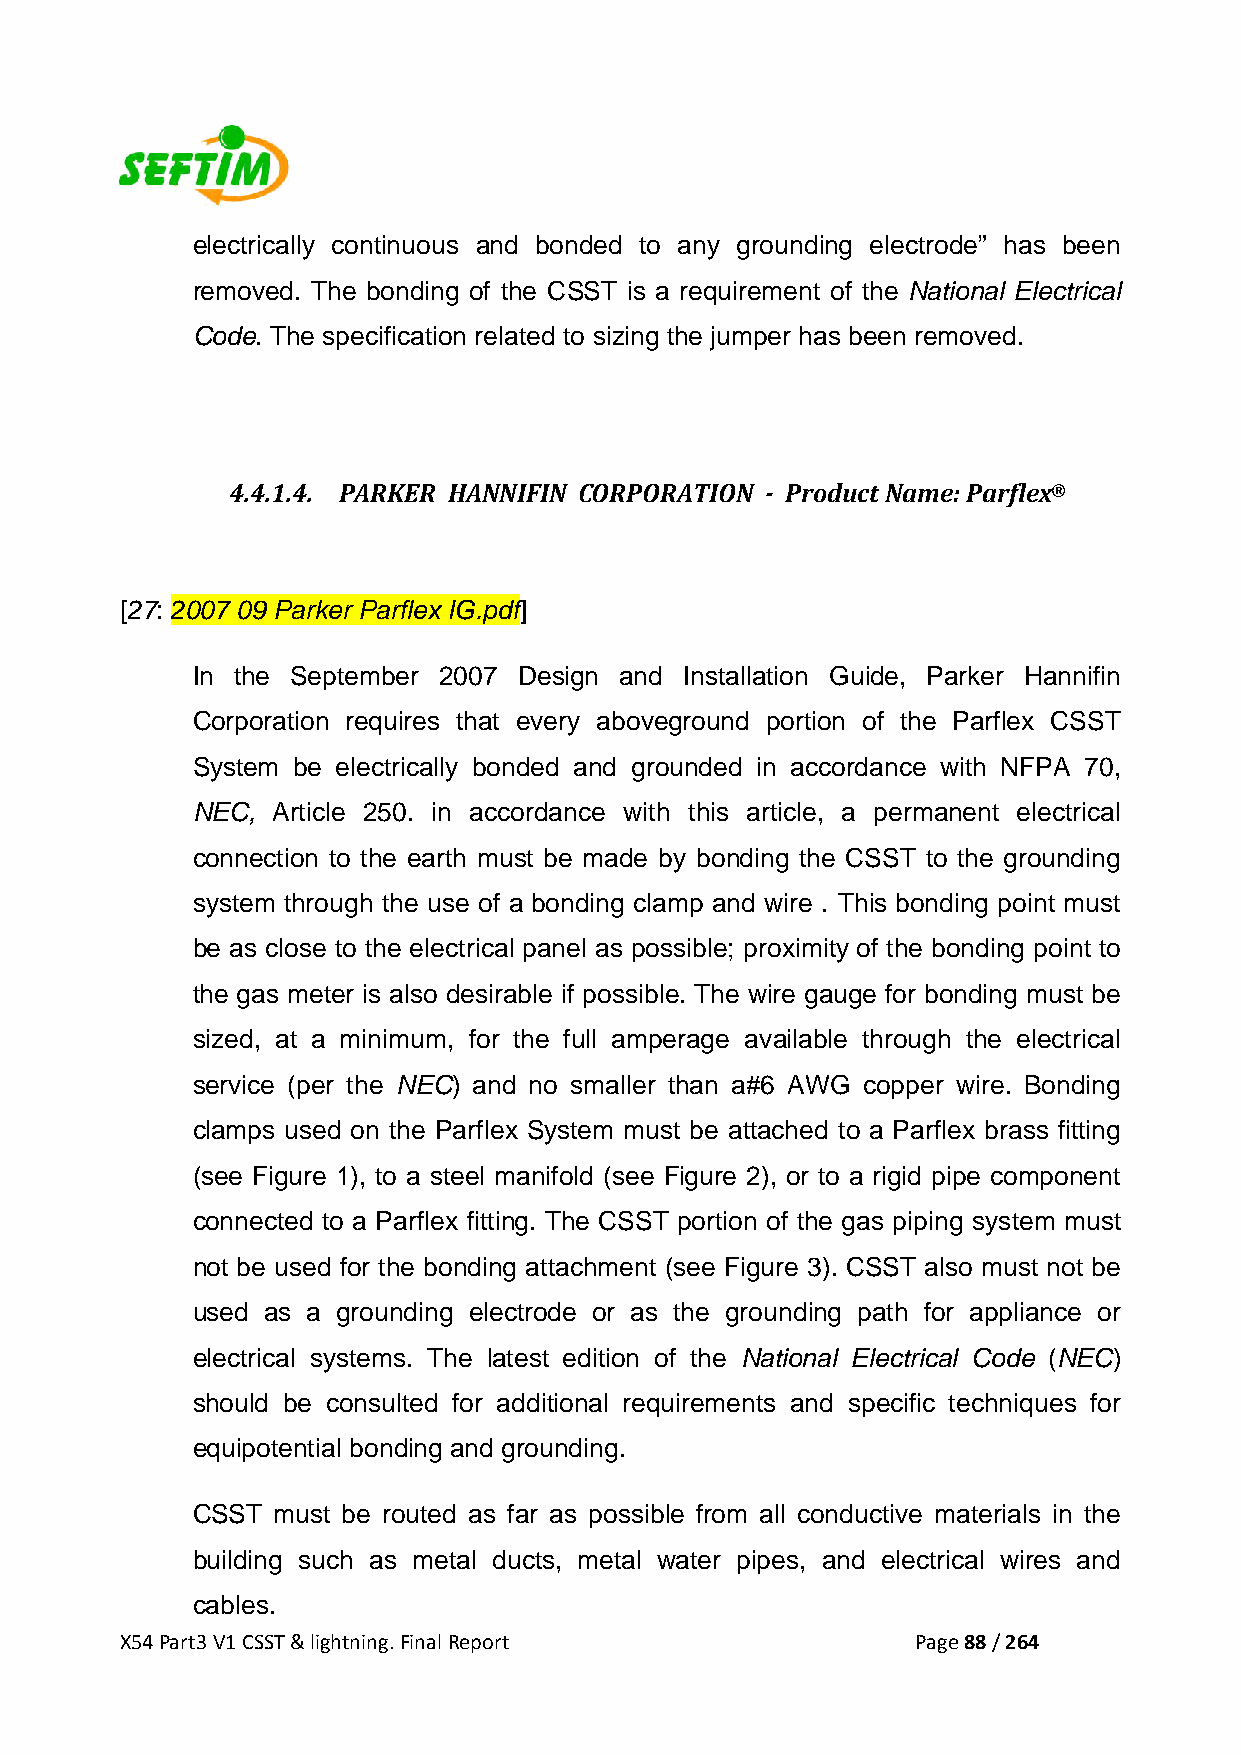
electrically continuous and bonded to any grounding electrode” has been
 removed. The bonding of the CSST is a requirement of the National Electrical
 Code. The specification related to sizing the jumper has been removed.
 4.4.1.4. PARKER HANNIFIN CORPORATION ­ Product Name: Parflex®
 [27: 2007 09 Parker Parflex IG.pdf]
 In the September 2007 Design and Installation Guide, Parker Hannifin
 Corporation requires that every aboveground portion of the Parflex CSST
 System be electrically bonded and grounded in accordance with NFPA 70,
 NEC, Article 250. in accordance with this article, a permanent electrical
 connection to the earth must be made by bonding the CSST to the grounding
 system through the use of a bonding clamp and wire . This bonding point must
 be as close to the electrical panel as possible; proximity of the bonding point to
 the gas meter is also desirable if possible. The wire gauge for bonding must be
 sized, at a minimum, for the full amperage available through the electrical
 service (per the NEC) and no smaller than a#6 AWG copper wire. Bonding
 clamps used on the Parflex System must be attached to a Parflex brass fitting
 (see Figure 1), to a steel manifold (see Figure 2), or to a rigid pipe component
 connected to a Parflex fitting. The CSST portion of the gas piping system must
 not be used for the bonding attachment (see Figure 3). CSST also must not be
 used as a grounding electrode or as the grounding path for appliance or
 electrical systems. The latest edition of the National Electrical Code (NEC)
 should be consulted for additional requirements and specific techniques for
 equipotential bonding and grounding.
 CSST must be routed as far as possible from all conductive materials in the
 building such as metal ducts, metal water pipes, and electrical wires and
 cables.
 X54 Part3 V1 CSST & lightning. Final Report          Page 88 / 264